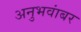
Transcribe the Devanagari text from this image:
अनुभवांबर